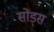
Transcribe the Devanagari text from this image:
सोड्स